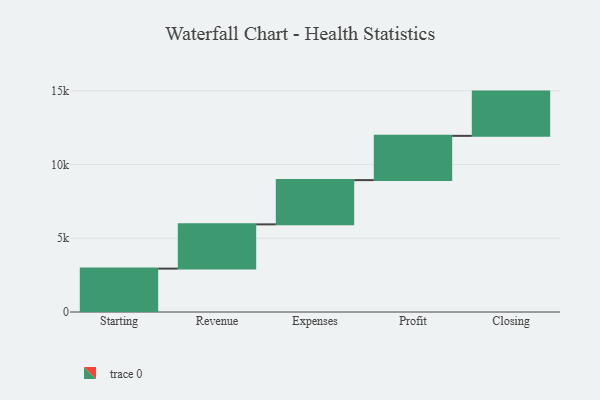
{"axis": {"x": "Step", "y": "Value"}, "legend": [""], "data": [{"x": "Starting", "y": 2941.0, "type": ""}, {"x": "Revenue", "y": 3000, "type": ""}, {"x": "Expenses", "y": 3000, "type": ""}, {"x": "Profit", "y": 3000, "type": ""}, {"x": "Closing", "y": 3000, "type": ""}]}